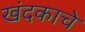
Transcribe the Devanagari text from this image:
खंदकाचे